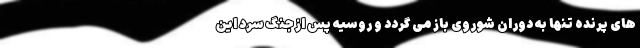
های پرنده تنها به دوران شوروی باز می گردد و روسیه پس از جنگ سرد این